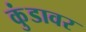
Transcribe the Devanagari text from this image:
कुंडावर